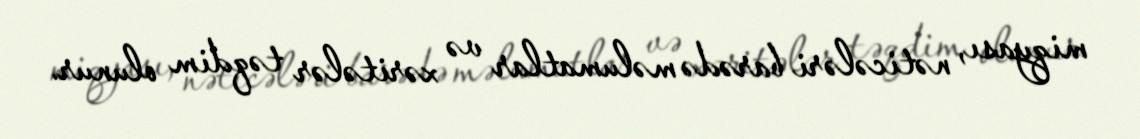
miqyası, nəticələri barədə məlumatlar və xəritələr təqdim olunur.